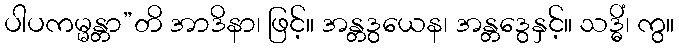
ပါပကမ္မန္တာ”တိ အာဒိနာ၊ ဖြင့်။ အန္တဒွယေန၊ အန္တဒွေနှင့်။ သဒ္ဓိံ၊ ကွ။